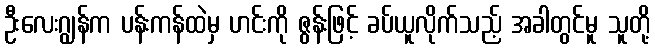
ဦးလေးဂျွန်က ပန်းကန်ထဲမှ ဟင်းကို ဇွန်းဖြင့် ခပ်ယူလိုက်သည့် အခါတွင်မူ သူတို့